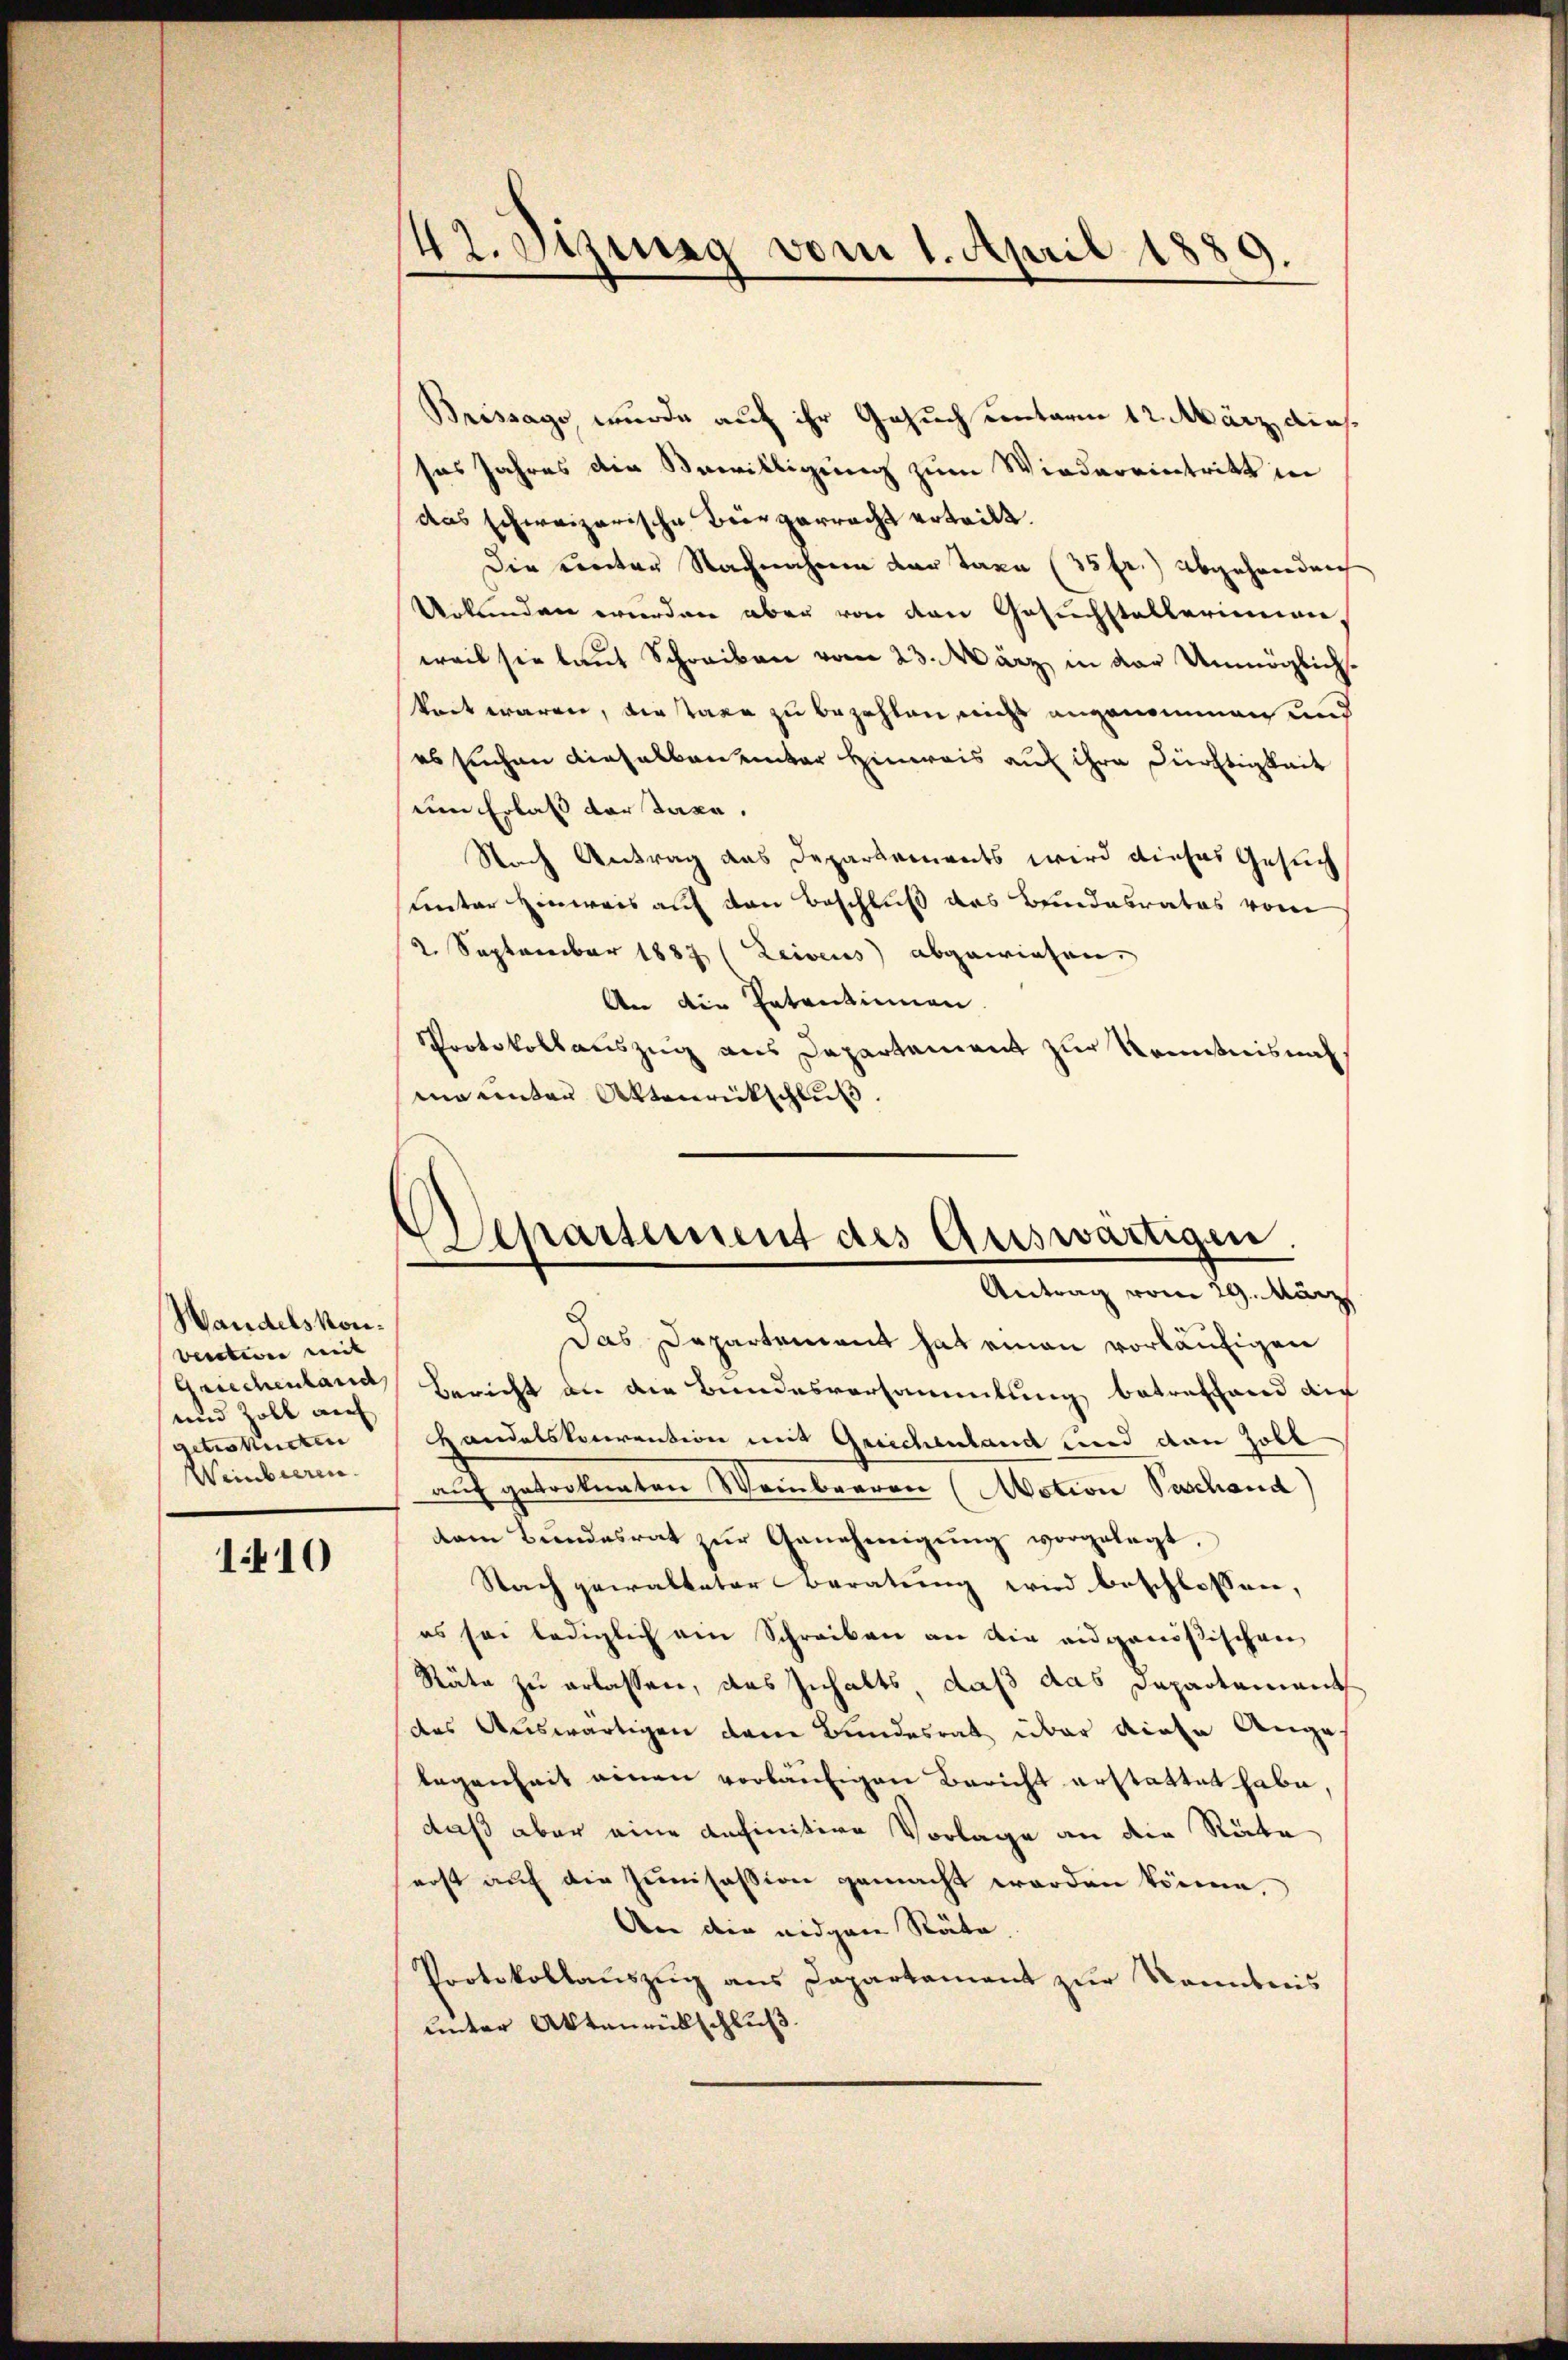
Wandelskon¬
Versteren weit |
Griechenland
und Zoll auch
getretteten
Weinbieren.

1410

42. Sizig vom 1. April 1889.

Brissago wurde auf ihr Gesuch unterm 12. März, dies
sas Jahres die Bewilligung zum Wiedereintritt in
das schweizerische Bürgerracht erteilt.
Die unter Nachnahmen der Taxa (35 fr.) abgehanden
Urkunden werden aber von den Gesuchstalterinnen
weil sie laut Schreiben vom 23. März in der Unmöglichkret waren, die taxa zu bezahlen nicht angenommen und
es suchen dieselben unter Hinweis auf ihre Dürftigkeit
um Erlass der Taxe.
Nach Antrag das Departements wird dieses Gesuch
unter Einweis auf den Beschluß des Bundesrates vom
2. September 1887 (Leibens abgewiesen.
An die Patentinnen.
Protokollauszug aus Departement zur Komitnis nach
mo unter Aktenrückschluß.
Das Departement hat einen vorläufigen
Bericht an die Bundesversammlung betreffend auc
Handelskonvention mit Griechenland und den Zoll
auch getronaten Weinbaaren (Motion Paschand
dam Bundesrat zur Genehmigung vorgelegt,
Nach gewalteter Beratung wird beschlossen,
es sei lediglich ein Schreiben an die eidgenößischen
Räte zu erlassen, das Inhalts, daß das Departement
des Auswärtigen dem Bundesrat über diese Anges
legenheit einen vorläufigen Bericht erstattet habe,
daß aber eine anfinitive Vorlage an die Räte
erst auf die Junisession gemacht worden könne,
An die eidgen Räte,
Protokollauszug aus Capartament zur Kenntnis
unter Aktenrückschluß.

Departement des Auswärtigen.
Antrag vom 29. März